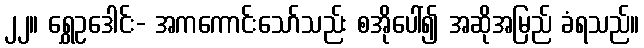
၂၂။ ရွှေဥဒေါင်း- အကကောင်းသော်သည်း စအိုပေါ်၍ အဆိုအမြည် ခံရသည်။